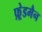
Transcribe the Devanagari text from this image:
फ़्रेडमैन